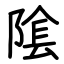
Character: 隂